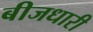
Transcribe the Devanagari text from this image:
बीजधारी